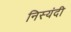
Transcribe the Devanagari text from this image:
निस्यंदी